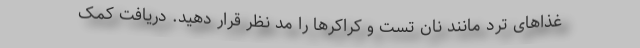
غذاهای ترد مانند نان تست و کراکرها را مد نظر قرار دهید. دریافت کمک